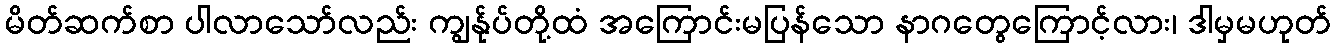
မိတ်ဆက်စာ ပါလာသော်လည်း ကျွန်ုပ်တို့ထံ အကြောင်းမပြန်သော နာဂတွေကြောင့်လား၊ ဒါမှမဟုတ်